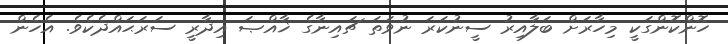
ހޮންކޮންގަކީ މިހާރަށް ބަލާއިރު ސީނުކަރަ ނުވަތަ ޗައިނާގެ ޚާއްޞަ އިދާރީ ސަރަޙައްދެކެވެ. އެހެން